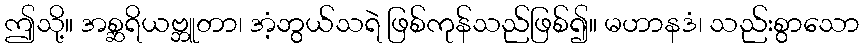
ဤသို့။ အစ္ဆရိယဗ္ဘူတာ၊ အံ့ဘွယ်သရဲ ဖြစ်ကုန်သည်ဖြစ်၍။ မဟာနဒံ၊ သည်းစွာသော